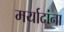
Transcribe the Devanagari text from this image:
मर्यादांना